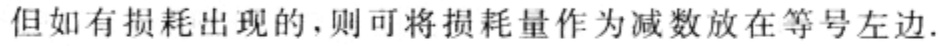
但如有损耗出现的,则可将损耗量作为减数放在等号左边.